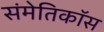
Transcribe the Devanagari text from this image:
संमेतिकॉस